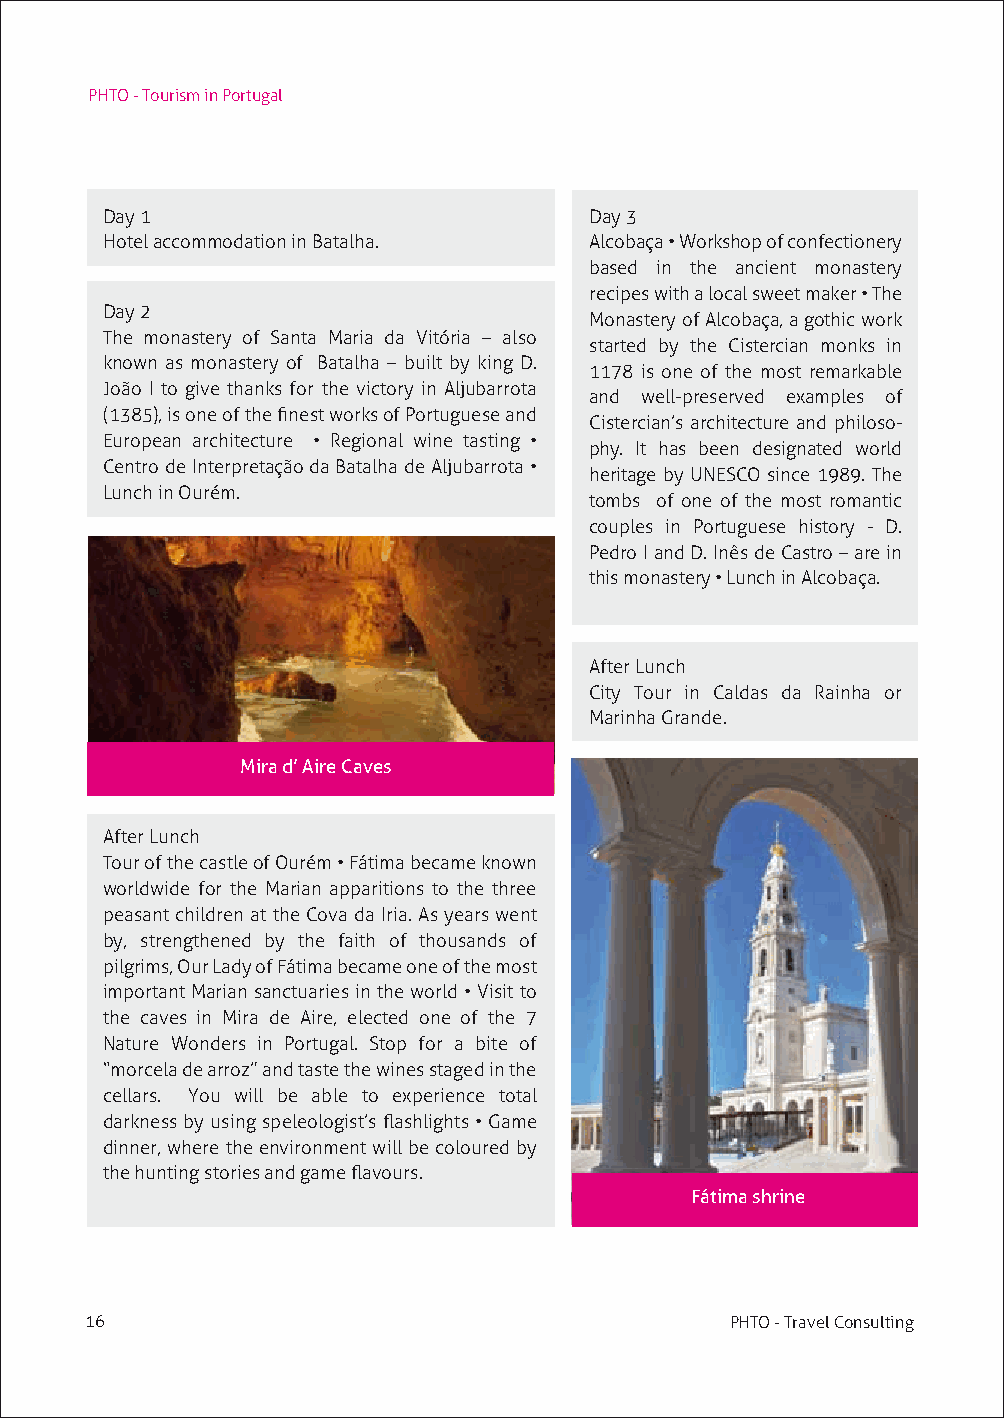
PHTO - Tourism in Portugal
 Day 1                           Day 3
 Hotel accommodation in Batalha. Alcobaça • Workshop of confectionery
 based in the ancient monastery
 recipes with a local sweet maker • The
 Day 2
 Monastery of Alcobaça, a gothic work
 The monastery of Santa Maria da Vitória – also
 started by the Cistercian monks in
 known as monastery of Batalha – built by king D.
 1178 is one of the most remarkable
 João I to give thanks for the victory in Aljubarrota
 and well-preserved examples of
 (1385), is one of the finest works of Portuguese and
 Cistercian’s architecture and philoso-
 European architecture • Regional wine tasting •
 phy. It has been designated world
 Centro de Interpretação da Batalha de Aljubarrota •
 heritage by UNESCO since 1989. The
 Lunch in Ourém.
 tombs of one of the most romantic
 couples in Portuguese history - D.
 Pedro I and D. Inês de Castro – are in
 this monastery • Lunch in Alcobaça.
 After Lunch
 City Tour in Caldas da Rainha or
 Marinha Grande.
 Mira d’ Aire Caves
 After Lunch
 Tour of the castle of Ourém • Fátima became known
 worldwide for the Marian apparitions to the three
 peasant children at the Cova da Iria. As years went
 by, strengthened by the faith of thousands of
 pilgrims, Our Lady of Fátima became one of the most
 important Marian sanctuaries in the world • Visit to
 the caves in Mira de Aire, elected one of the 7
 Nature Wonders in Portugal. Stop for a bite of
 “morcela de arroz” and taste the wines staged in the
 cellars. You will be able to experience total
 darkness by using speleologist’s flashlights • Game
 dinner, where the environment will be coloured by
 the hunting stories and game flavours.
 Fátima shrine
 16                                        PHTO - Travel Consulting